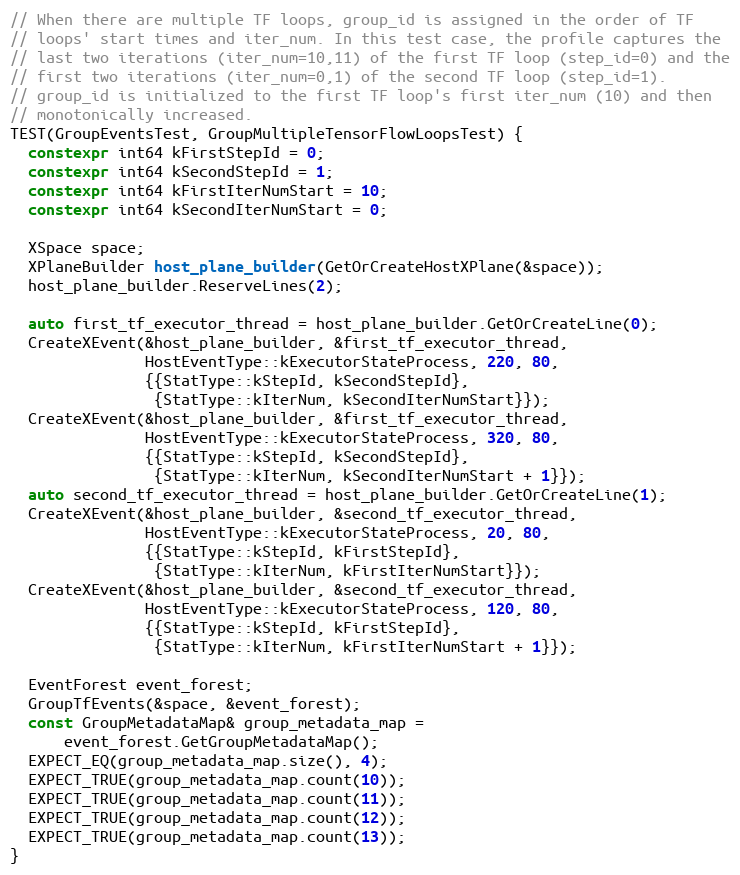
Language: C++
// When there are multiple TF loops, group_id is assigned in the order of TF
// loops' start times and iter_num. In this test case, the profile captures the
// last two iterations (iter_num=10,11) of the first TF loop (step_id=0) and the
// first two iterations (iter_num=0,1) of the second TF loop (step_id=1).
// group_id is initialized to the first TF loop's first iter_num (10) and then
// monotonically increased.
TEST(GroupEventsTest, GroupMultipleTensorFlowLoopsTest) {
  constexpr int64 kFirstStepId = 0;
  constexpr int64 kSecondStepId = 1;
  constexpr int64 kFirstIterNumStart = 10;
  constexpr int64 kSecondIterNumStart = 0;

  XSpace space;
  XPlaneBuilder host_plane_builder(GetOrCreateHostXPlane(&space));
  host_plane_builder.ReserveLines(2);

  auto first_tf_executor_thread = host_plane_builder.GetOrCreateLine(0);
  CreateXEvent(&host_plane_builder, &first_tf_executor_thread,
               HostEventType::kExecutorStateProcess, 220, 80,
               {{StatType::kStepId, kSecondStepId},
                {StatType::kIterNum, kSecondIterNumStart}});
  CreateXEvent(&host_plane_builder, &first_tf_executor_thread,
               HostEventType::kExecutorStateProcess, 320, 80,
               {{StatType::kStepId, kSecondStepId},
                {StatType::kIterNum, kSecondIterNumStart + 1}});
  auto second_tf_executor_thread = host_plane_builder.GetOrCreateLine(1);
  CreateXEvent(&host_plane_builder, &second_tf_executor_thread,
               HostEventType::kExecutorStateProcess, 20, 80,
               {{StatType::kStepId, kFirstStepId},
                {StatType::kIterNum, kFirstIterNumStart}});
  CreateXEvent(&host_plane_builder, &second_tf_executor_thread,
               HostEventType::kExecutorStateProcess, 120, 80,
               {{StatType::kStepId, kFirstStepId},
                {StatType::kIterNum, kFirstIterNumStart + 1}});

  EventForest event_forest;
  GroupTfEvents(&space, &event_forest);
  const GroupMetadataMap& group_metadata_map =
      event_forest.GetGroupMetadataMap();
  EXPECT_EQ(group_metadata_map.size(), 4);
  EXPECT_TRUE(group_metadata_map.count(10));
  EXPECT_TRUE(group_metadata_map.count(11));
  EXPECT_TRUE(group_metadata_map.count(12));
  EXPECT_TRUE(group_metadata_map.count(13));
}